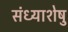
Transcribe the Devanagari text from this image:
संध्याशेषु